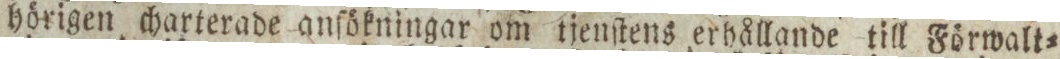
hörigen charterade anſökningar om tjenſtens erhållande till Förwalt=